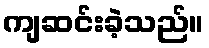
ကျဆင်းခဲ့သည်။